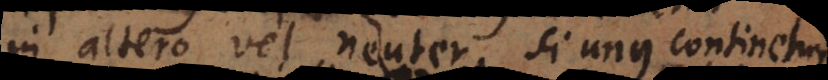
in altero vel neuter. Si unus continetur